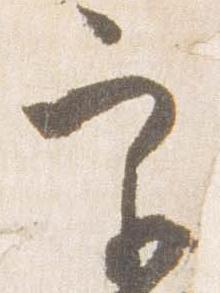
宮